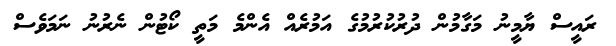
ރައީސް ޔާމީނު މަގާމުން ދުރުކުރުމުގެ އަމުރެއް އެންމެ މަތީ ކޯޓުން ނެރުނު ނަމަވެސް